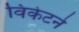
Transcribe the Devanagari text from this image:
विकेटने